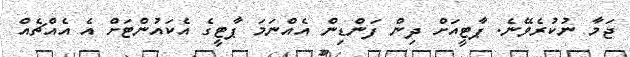
ޖަމާ ނުކުރެވޭނެ. ޕާޓީއަށް ދިން ފަންޑިން އެއްނަމަ ޕާޓީގެ އެކައުންޓަށް އެ އެއްޗެއް